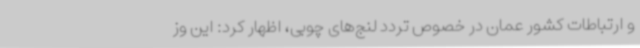
و ارتباطات کشور عمان در خصوص تردد لنج‌های چوبی، اظهار کرد: این وز